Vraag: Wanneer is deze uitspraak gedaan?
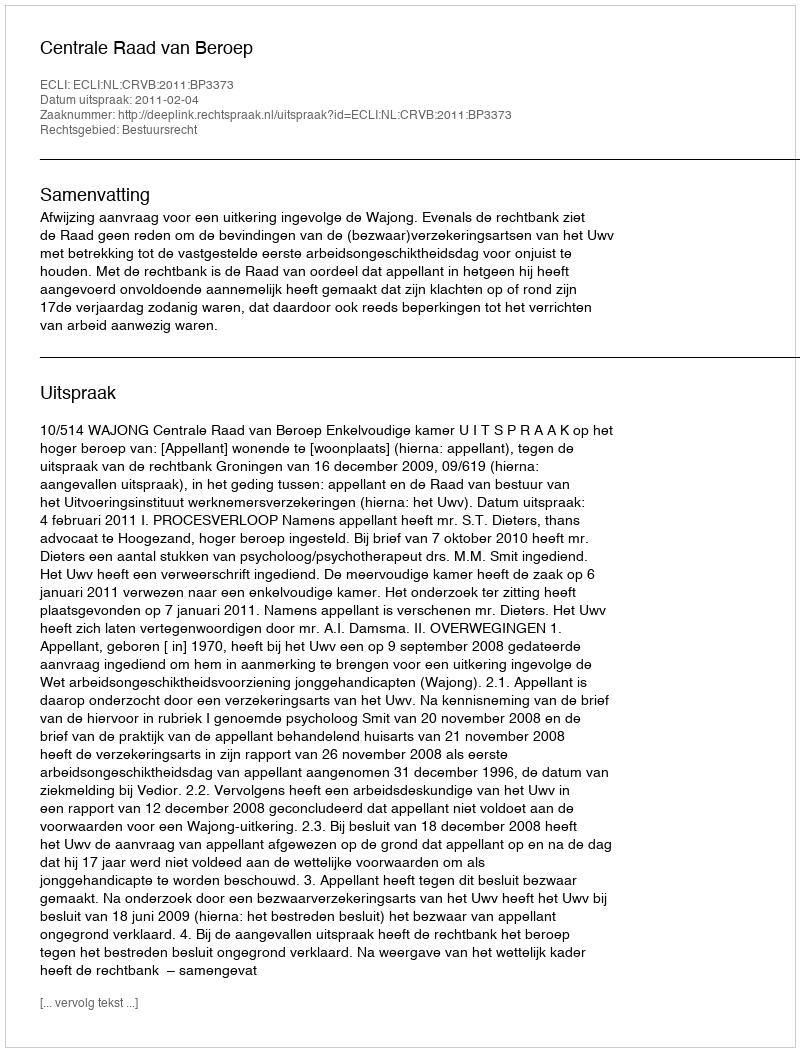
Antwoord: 2011-02-04